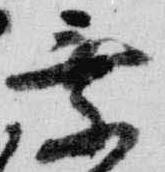
乗